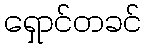
ရှောင်တခင်